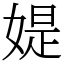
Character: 媞